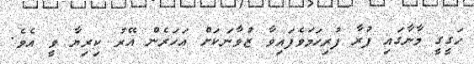
ހަގީގީ މާނާގައި ފުރާ ފުރިހަމަވެފައިވާ ޒުވާނަކަށް އަހަރެން އޭރު ކިރިޔާ ވީ އެވެ.